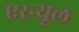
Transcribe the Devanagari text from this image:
एरन्‍यूल